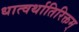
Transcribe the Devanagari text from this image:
धात्वर्थातिरिक्तम्